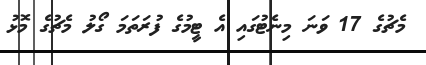
މެޗުގެ 17 ވަނަ މިނެޓުގައި އެ ޓީމުގެ ފުރަތަމަ ގޯލު މެޗުގެ މޮޅު